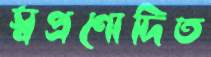
স্বপ্রণোদিত